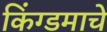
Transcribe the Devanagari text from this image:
किंग्डमाचे